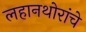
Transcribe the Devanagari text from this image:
लहानथोरांचे